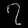
Digit: ၇